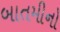
બાતમીનો